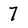
Character: 7